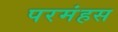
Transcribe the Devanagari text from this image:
परमंहस